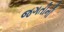
જગતીની